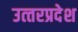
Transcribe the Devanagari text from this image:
उत्‍तरप्रदेश